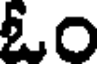
ఓం